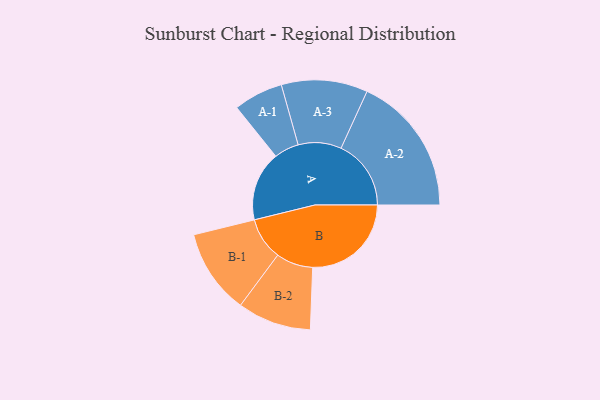
{"axis": {"x": "Segment", "y": "Value"}, "legend": ["", "A", "B"], "data": [{"x": "A", "y": 292, "type": ""}, {"x": "B", "y": 414, "type": ""}, {"x": "A-1", "y": 104, "type": "A"}, {"x": "A-2", "y": 294, "type": "A"}, {"x": "A-3", "y": 181, "type": "A"}, {"x": "B-1", "y": 178, "type": "B"}, {"x": "B-2", "y": 155, "type": "B"}]}